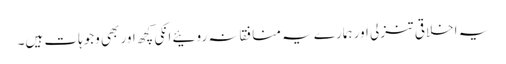
یہ اخلاقی تنزلی اور ہمارے یہ منافقانہ روئیے انکی کچھ اور بھی وجوہات ہیں۔